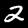
Digit: 2